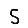
Digit: 5